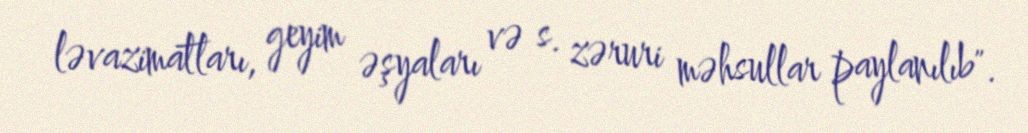
ləvazimatları, geyim əşyaları və s. zəruri məhsullar paylanılıb".